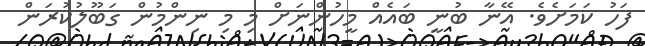
ފަހު ކަމަށެވެ. އޭނާ ބުނީ ބައެއް މީހުންނަށް މި މި ނިންމުން ގަބޫލުކުރަން